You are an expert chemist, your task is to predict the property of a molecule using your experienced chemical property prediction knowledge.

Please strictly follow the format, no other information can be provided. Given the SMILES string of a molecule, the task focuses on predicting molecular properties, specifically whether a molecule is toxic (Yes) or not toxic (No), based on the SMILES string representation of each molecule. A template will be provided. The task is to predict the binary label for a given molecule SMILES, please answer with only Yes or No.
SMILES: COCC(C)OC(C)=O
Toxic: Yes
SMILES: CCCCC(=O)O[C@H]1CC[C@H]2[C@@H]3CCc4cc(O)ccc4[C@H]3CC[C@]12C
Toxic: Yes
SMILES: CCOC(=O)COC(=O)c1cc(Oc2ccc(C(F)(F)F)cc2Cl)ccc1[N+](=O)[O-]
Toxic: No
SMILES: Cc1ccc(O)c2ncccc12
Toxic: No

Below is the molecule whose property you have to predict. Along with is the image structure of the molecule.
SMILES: CCNc1nc(Cl)nc(NC(C)(C)C)n1
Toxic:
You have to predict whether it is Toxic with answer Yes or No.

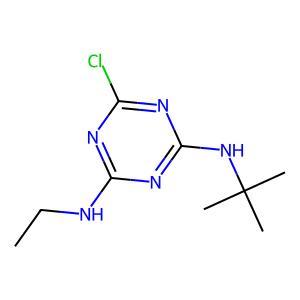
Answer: No